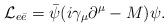
LaTeX: \begin{align*}{\cal L}_{e\bar{e}} = \bar{\psi}(i\gamma_\mu\partial^\mu - M)\psi.\end{align*}